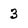
Character: 3